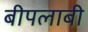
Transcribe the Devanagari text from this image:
बीपलाबी